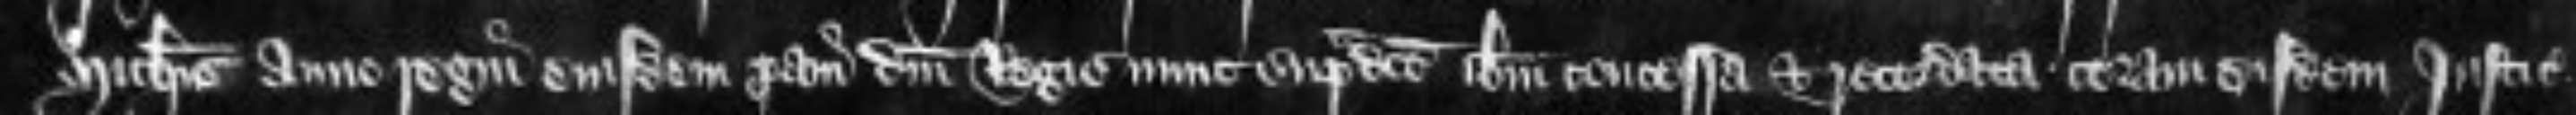
Michaelis anno regni eiusdem proavi domini Regis nunc supradicto ibidem concessa et recordata coram eisdem Justiciariis